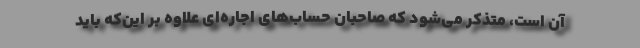
آن است، متذکر می‌شود که صاحبان حساب‌های اجاره‌ای علاوه بر این‌که باید